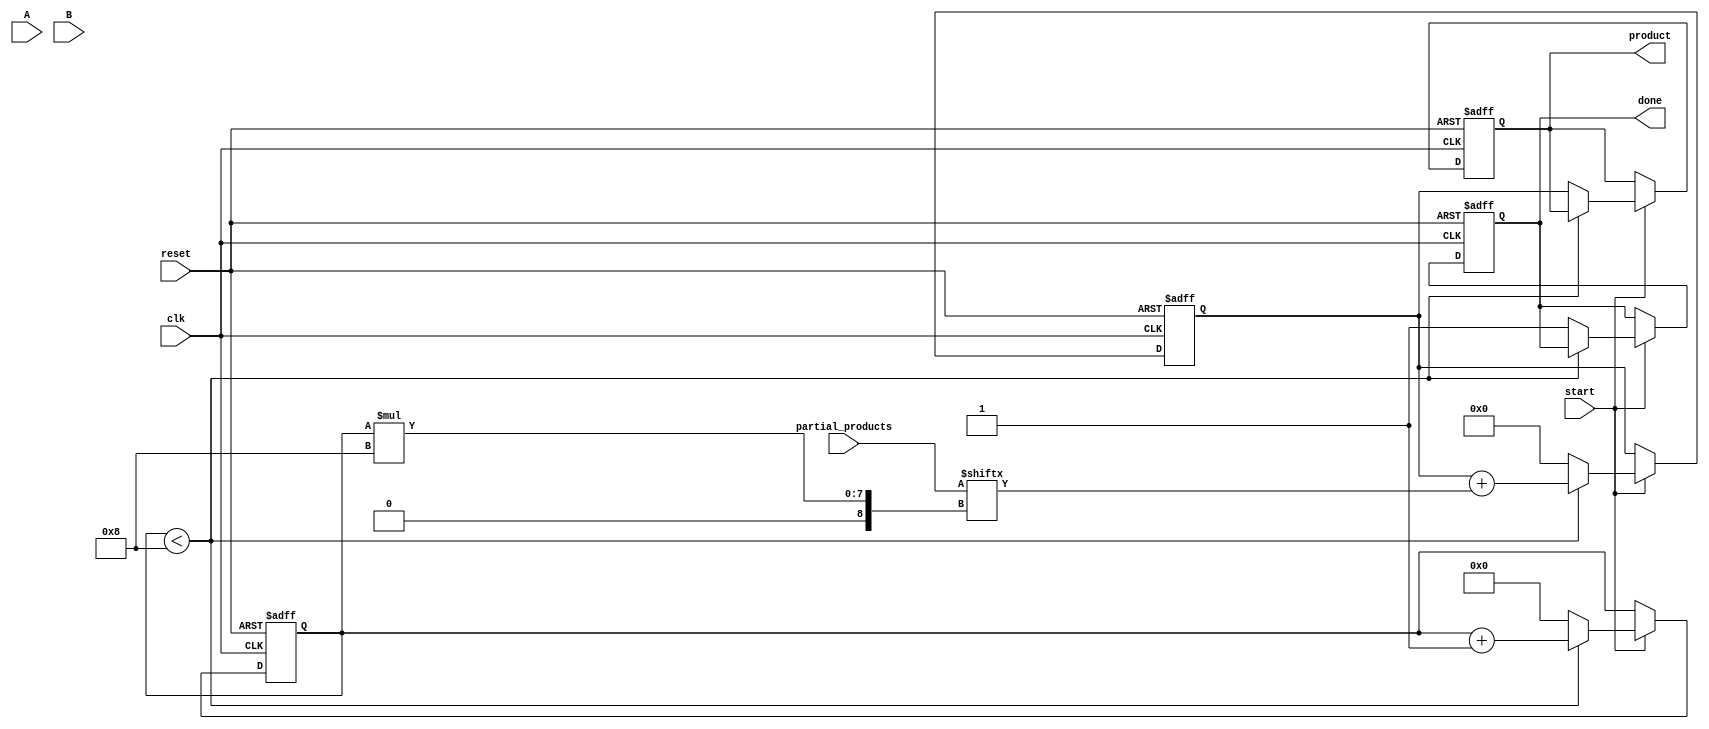
module PartialProductAccumulator #(
    parameter N = 8, // Number of bits for multiplicand A
    parameter M = 8  // Number of bits for multiplier B
)(
    input  [N-1:0] A,                      // Multiplicand
    input  [M-1:0] B,                      // Multiplier
    input  [N+M-1:0] partial_products,      // Array of partial products
    input  start,                           // Control signal to start accumulation
    input  reset,                           // Asynchronous reset signal
    input  clk,                             // Clock signal
    output reg [N+M-1:0] product,          // Final product output
    output reg done                         // Signal indicating accumulation completion
);

    reg [N+M-1:0] accumulator;              // Accumulator for partial products
    reg [3:0] count;                        // Counter for the number of partial products processed
    localparam TOTAL_PARTIALS = M;         // Total number of partial products to process

    // Asynchronous reset and start accumulation logic
    always @(posedge clk or posedge reset) begin
        if (reset) begin
            product <= 0;
            accumulator <= 0;
            count <= 0;
            done <= 0;
        end else if (start) begin
            if (count < TOTAL_PARTIALS) begin
                // Accumulate the current partial product
                accumulator <= accumulator + partial_products[(count+1)*N-1:count*N];
                count <= count + 1;
            end else begin
                // All partial products processed
                product <= accumulator;
                done <= 1;
                count <= 0; // Reset count for the next operation
                accumulator <= 0; // Reset accumulator for the next operation
            end
        end
    end

endmodule